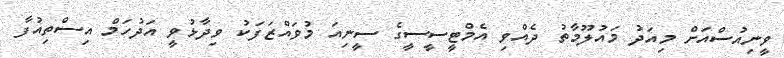
ވީނިއުސްއަށް މިއަދު މައުލޫމާތު ދެއްވި އެމްޓީސީސީގެ ސީނިއަ މުވައްޒަފަކު ވިދާޅުވީ އަދުހަމް އިސްތިއުފާ